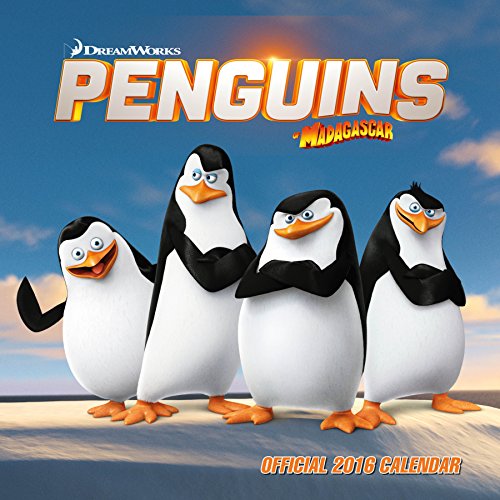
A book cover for The Official Penguins of Madagascar 2016 Square Calendar; Calendars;